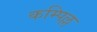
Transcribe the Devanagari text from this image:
कम्पिल्ल